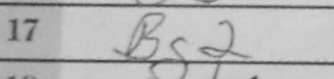
Transcription: Bg2